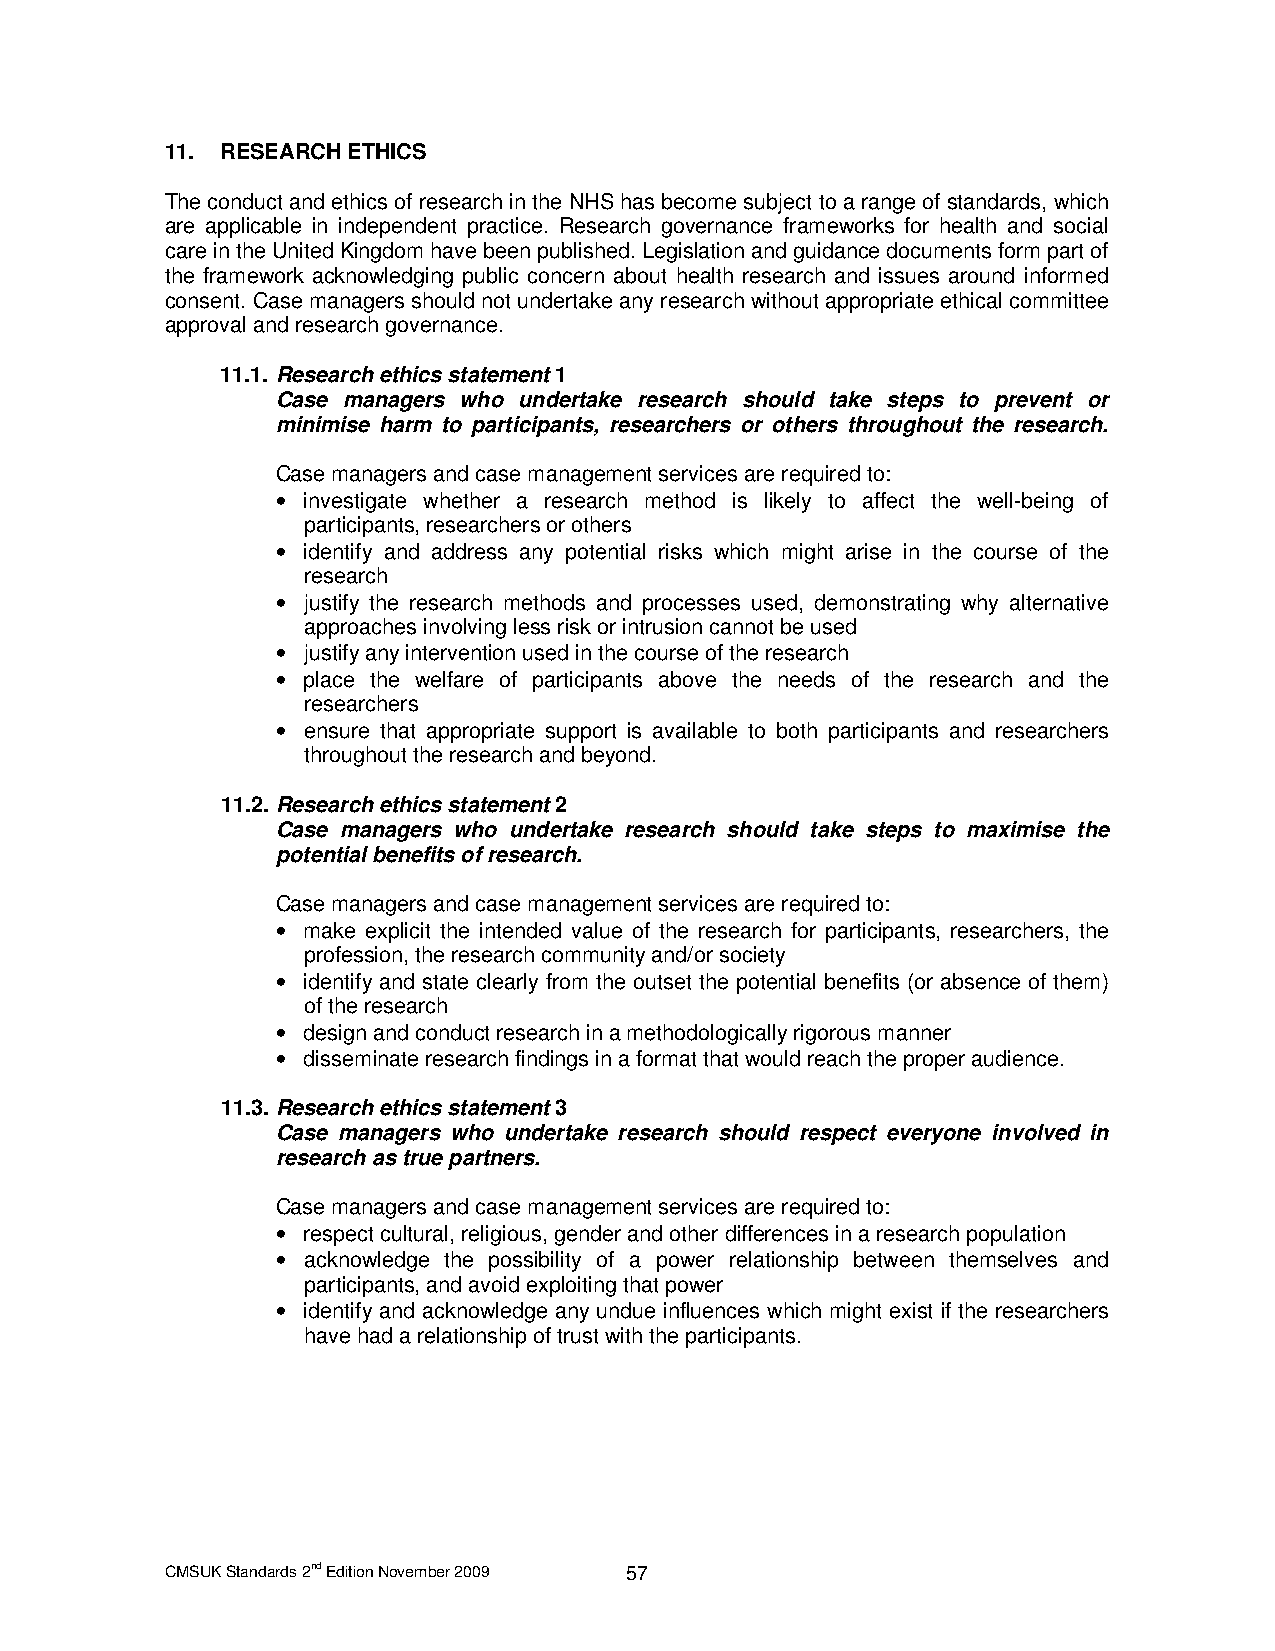
11. RESEARCH ETHICS
 The conduct and ethics of research in the NHS has become subject to a range of standards, which
 are applicable in independent practice. Research governance frameworks for health and social
 care in the United Kingdom have been published. Legislation and guidance documents form part of
 the framework acknowledging public concern about health research and issues around informed
 consent. Case managers should not undertake any research without appropriate ethical committee
 approval and research governance.
 11.1. Research ethics statement 1
 Case managers who undertake research should take steps to prevent or
 minimise harm to participants, researchers or others throughout the research.
 Case managers and case management services are required to:
 • investigate whether a research method is likely to affect the well-being of
 participants, researchers or others
 • identify and address any potential risks which might arise in the course of the
 research
 • justify the research methods and processes used, demonstrating why alternative
 approaches involving less risk or intrusion cannot be used
 • justify any intervention used in the course of the research
 • place the welfare of participants above the needs of the research and the
 researchers
 • ensure that appropriate support is available to both participants and researchers
 throughout the research and beyond.
 11.2. Research ethics statement 2
 Case managers who undertake research should take steps to maximise the
 potential benefits of research.
 Case managers and case management services are required to:
 • make explicit the intended value of the research for participants, researchers, the
 profession, the research community and/or society
 • identify and state clearly from the outset the potential benefits (or absence of them)
 of the research
 • design and conduct research in a methodologically rigorous manner
 • disseminate research findings in a format that would reach the proper audience.
 11.3. Research ethics statement 3
 Case managers who undertake research should respect everyone involved in
 research as true partners.
 Case managers and case management services are required to:
 • respect cultural, religious, gender and other differences in a research population
 • acknowledge the possibility of a power relationship between themselves and
 participants, and avoid exploiting that power
 • identify and acknowledge any undue influences which might exist if the researchers
 have had a relationship of trust with the participants.
 CMSUK Standards 2nd Edition November 2009 57